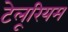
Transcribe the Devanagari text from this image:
टेलूरियम